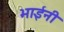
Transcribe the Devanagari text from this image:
भाईनी